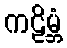
ကဠိမ္ဘံ